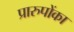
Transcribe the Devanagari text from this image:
प्रारुपोंका